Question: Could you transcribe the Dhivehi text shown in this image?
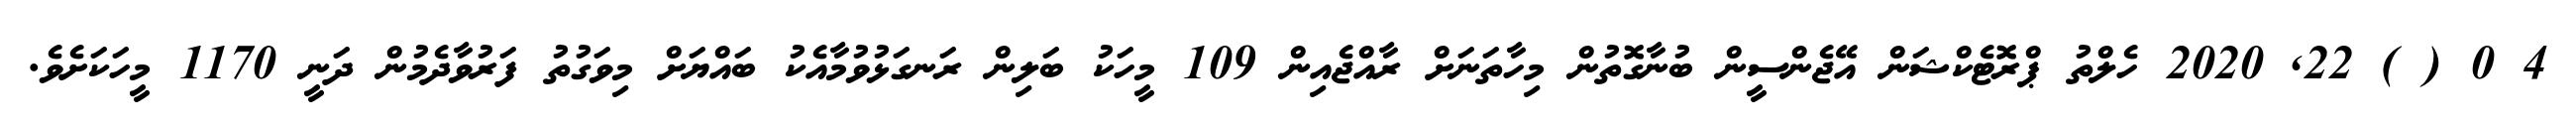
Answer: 4 0 ( ) 22, 2020 ހެލްތު ޕްރޮޓެކްޝަން އޭޖެންސީން ބުނާގޮތުން މިހާތަނަށް ރާއްޖެއިން 109 މީހަކު ބަލިން ރަނގަޅުވުމާއެކު ބައްޔަށް މިވަގުތު ފަރުވާދެމުން ދަނީ 1170 މީހަކަށެވެ.